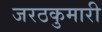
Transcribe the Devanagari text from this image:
जरठकुमारी